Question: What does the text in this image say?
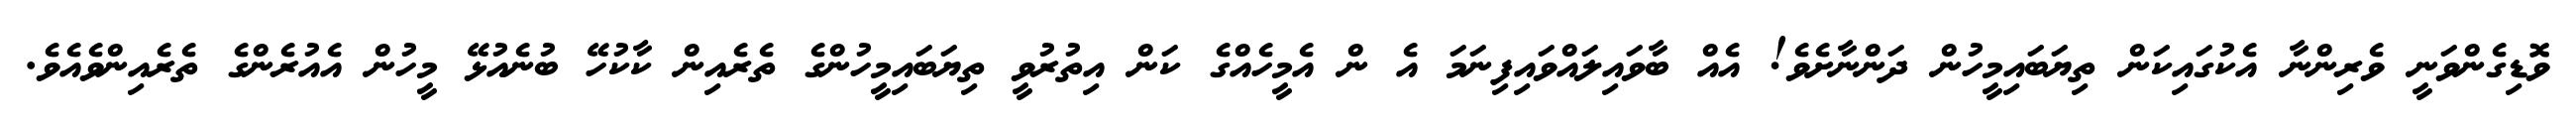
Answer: ވޮޑިގެންވަނީ ވެރިންނާ އެކުގައިކަން ތިޔަބައިމީހުން ދަންނާށެވެ! އެއް ބާވައިލައްވައިފިނަމަ އެ ން އެމީހެއްގެ ކަން އިތުރުވީ ތިޔަބައިމީހުންގެ ތެރެއިން ކާކުހޭ ބުނެއުޅޭ މީހުން އެއުރެންގެ ތެރެއިންވެއެވެ.